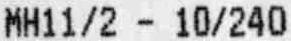
MH11/2 - 10/240